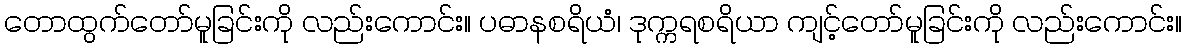
တောထွက်တော်မူခြင်းကို လည်းကောင်း။ ပဓာနစရိယံ၊ ဒုက္ကရစရိယာ ကျင့်တော်မူခြင်းကို လည်းကောင်း။